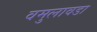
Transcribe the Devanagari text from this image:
वमुलावडा